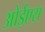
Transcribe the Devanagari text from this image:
ओईएस